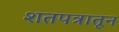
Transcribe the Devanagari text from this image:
शतपत्रातून